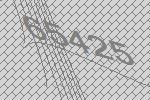
65425